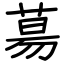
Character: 𦳝